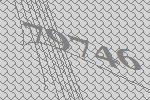
79746